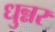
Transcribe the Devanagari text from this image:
धुन्नर